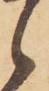
候